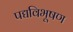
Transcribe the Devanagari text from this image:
पद्यविभूषण